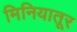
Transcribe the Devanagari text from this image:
मिनियातूर